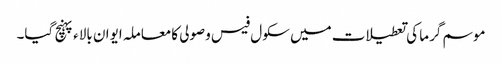
موسم گرما کی تعطیلات میں سکول فیس وصولی کامعاملہ ایوان بالاء پہنچ گیا۔